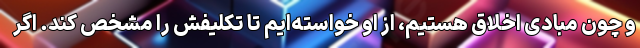
و چون مبادی اخلاق هستیم، از او خواسته‌ایم تا تکلیفش را مشخص کند. اگر